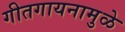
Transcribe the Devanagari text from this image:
गीतगायनामुळे